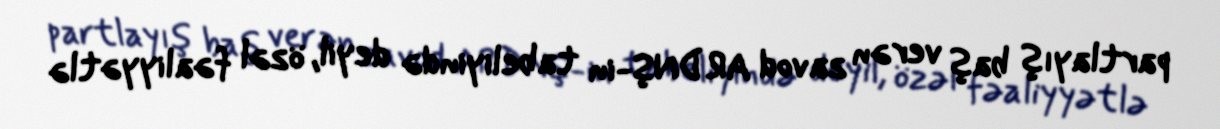
partlayış baş verən zavod ARDNŞ-in tabeliyində deyil, özəl fəaliyyətlə